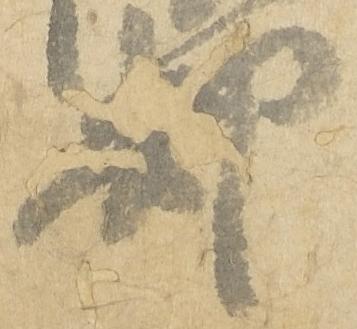
却